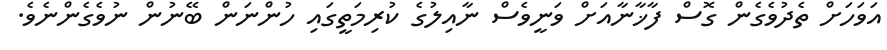
އަވަހަށް ތެދުވެގެން ގޮސް ފާޚާނާއަށް ވަނީވެސް ނާއިލުގެ ކުރިމަތީގައި ހުންނަން ބޭނުން ނުވެގެންނެވެ.